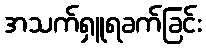
အသက်ရှူရခက်ခြင်း